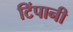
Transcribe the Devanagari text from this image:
टिंपानी